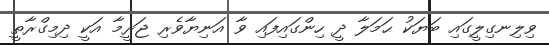
ވިލިނގިލީގައި ބަޔަކު ޙަމަލާ ދީ ހިންގައިފައި ވާ އަނިޔާވެރި ޖަރީމާ އަކީ ދިމިގްރާތީ